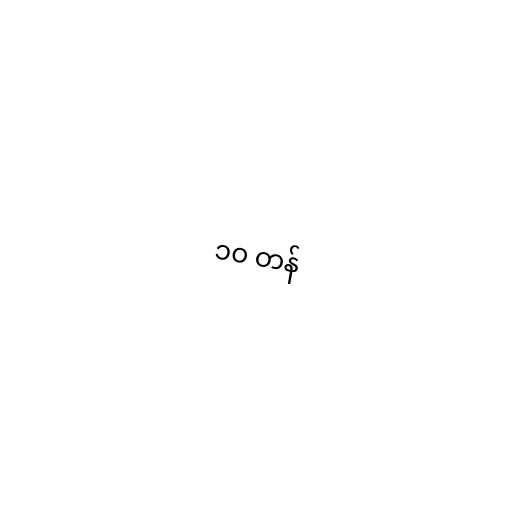
၁၀ တန်